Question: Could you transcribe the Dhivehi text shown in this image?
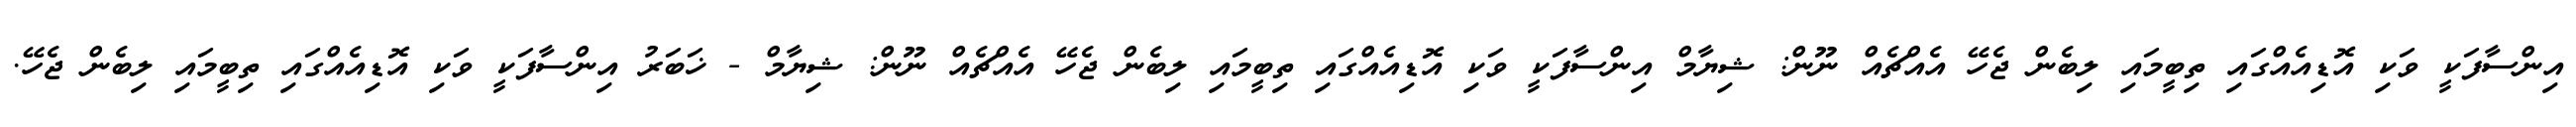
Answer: އިންސާފަކީ ވަކި އޮޑިއެއްގައި ތިބީމައި ލިބެން ޖެހޭ އެއްޗެއް ނޫން: ޝިޔާމް އިންސާފަކީ ވަކި އޮޑިއެއްގައި ތިބީމައި ލިބެން ޖެހޭ އެއްޗެއް ނޫން: ޝިޔާމް - ޚަބަރު އިންސާފަކީ ވަކި އޮޑިއެއްގައި ތިބީމައި ލިބެން ޖެހޭ.